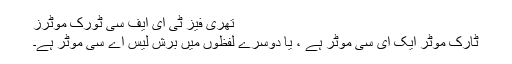
تھری فیز ٹی ای ایف سی ٹورک موٹرز
ٹارک موٹر ایک ای سی موٹر ہے ، یا دوسرے لفظوں میں برش لیس اے سی موٹر ہے۔